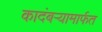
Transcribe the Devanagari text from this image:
कादंबऱ्यामार्फत